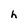
Character: h